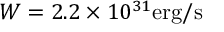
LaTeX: W = 2 . 2 \times 1 0 ^ { 3 1 } \mathrm { e r g / s }